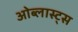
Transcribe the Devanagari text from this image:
ओब्लास्ट्स